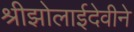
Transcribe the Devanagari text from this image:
श्रीझोलाईदेवीने